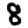
Digit: 8